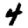
Digit: 4